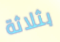
بثلاثة